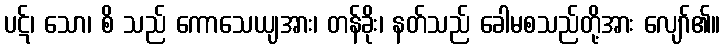
ပဋ်၊ သော၊ စိ သည် ကောသေယျအား၊ တန်ခိုး၊ နတ်သည် ခေါမစသည်တို့အား လျော်၏။